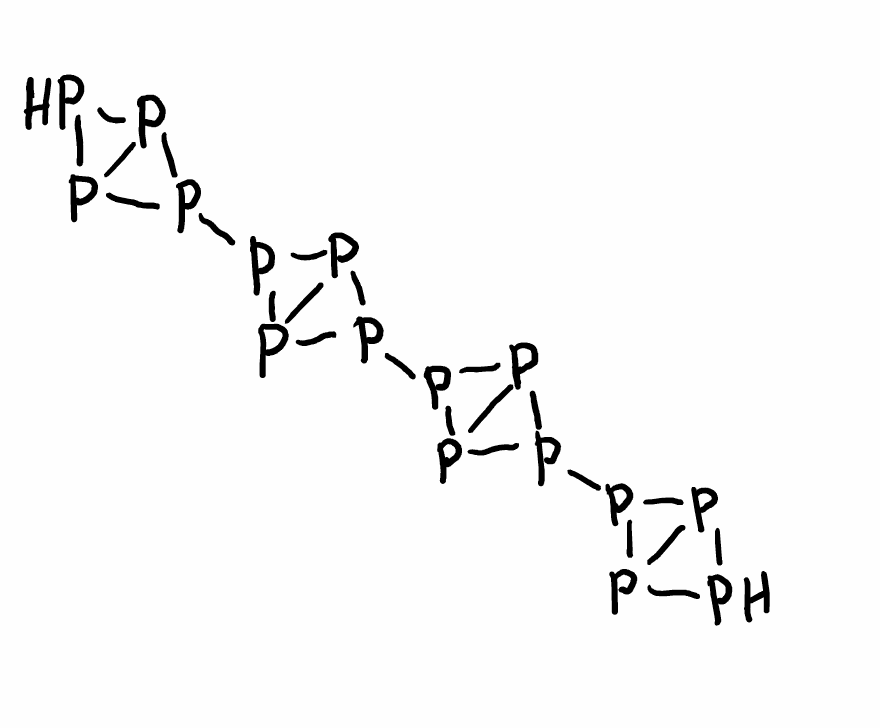
Simplified molecular-input line-entry system (SMILES) notation of the given molecule:
P1P2P1P2P3P4P3P4P5P6P5P6P7P8P7P8